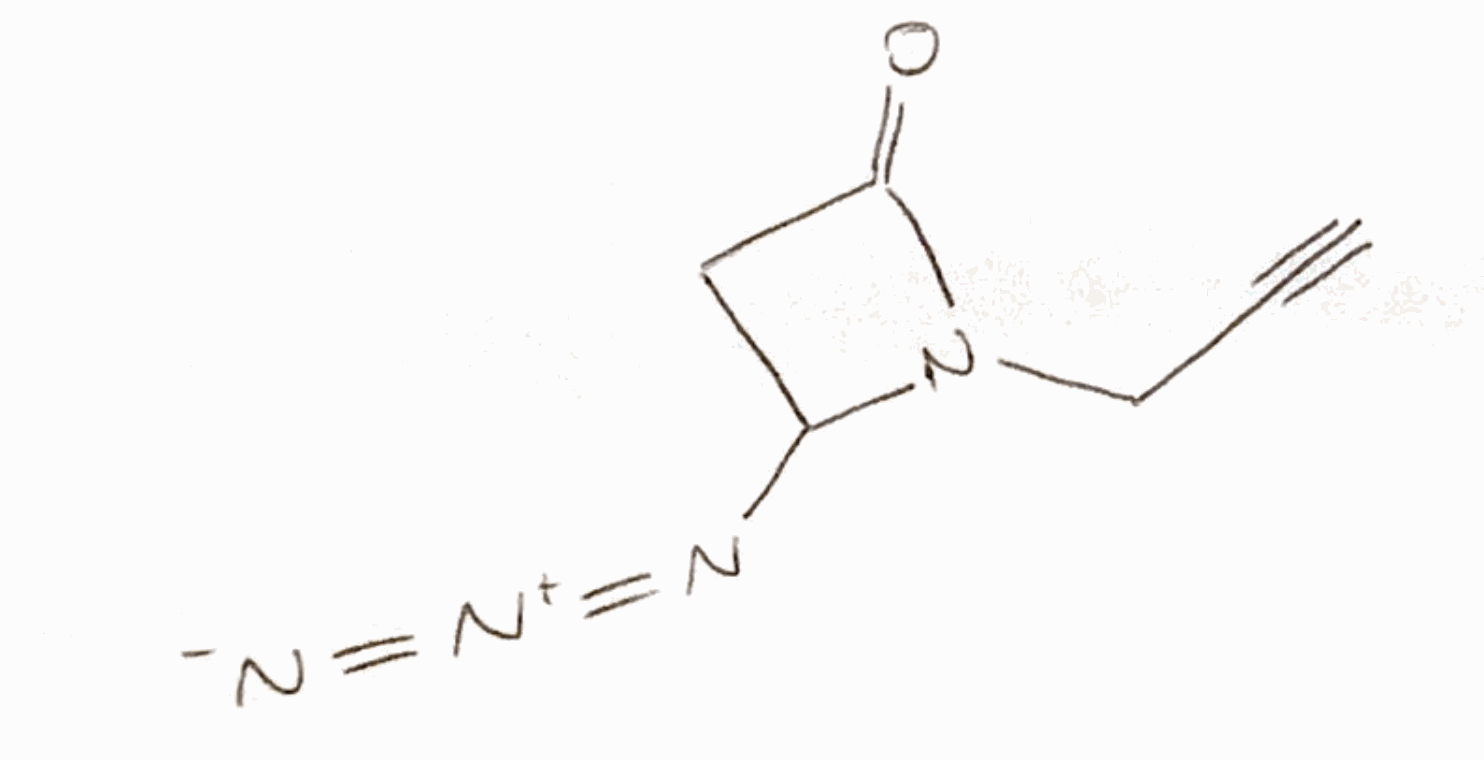
Simplified molecular-input line-entry system (SMILES) notation of the given molecule:
C#CCN1C(CC1=O)N=[N+]=[N-]